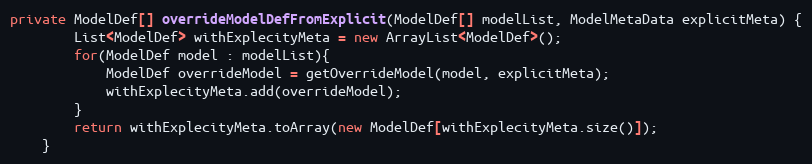
Language: Java
private ModelDef[] overrideModelDefFromExplicit(ModelDef[] modelList, ModelMetaData explicitMeta) {
		List<ModelDef> withExplecityMeta = new ArrayList<ModelDef>();
		for(ModelDef model : modelList){
			ModelDef overrideModel = getOverrideModel(model, explicitMeta);
			withExplecityMeta.add(overrideModel);
		}
		return withExplecityMeta.toArray(new ModelDef[withExplecityMeta.size()]);
	}